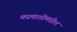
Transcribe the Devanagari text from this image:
मधमाशीमधील